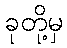
ခုတို့မှ